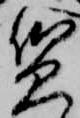
質